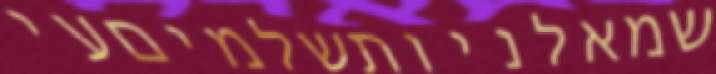
שמאלניותשלמיםעי